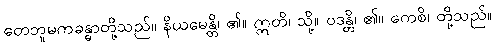
တေဘူမကခန္ဓာတို့သည်။ နိယမေန္တိ၊ ၏။ ဣတိ၊ သို့။ ဝဒန္တိ၊ ၏။ ကေစိ၊ တို့သည်။